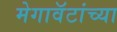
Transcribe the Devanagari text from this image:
मेगावॅटांच्या